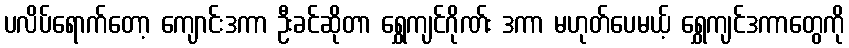
ပလိပ်ရောက်တော့ ကျောင်းဒကာ ဦးခင်ဆိုတာ ရွှေကျင်ဂိုဏ်း ဒကာ မဟုတ်ပေမယ့် ရွှေကျင်ဒကာတွေကို